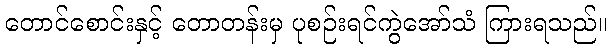
တောင်စောင်းနှင့် တောတန်းမှ ပုစဉ်းရင်ကွဲအော်သံ ကြားရသည်။